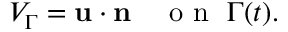
V _ { \Gamma } = \mathbf u \cdot \mathbf n \quad \mathrm { ~ o ~ n ~ } ~ \Gamma ( t ) .